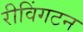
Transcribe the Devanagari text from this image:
रीविंगटन